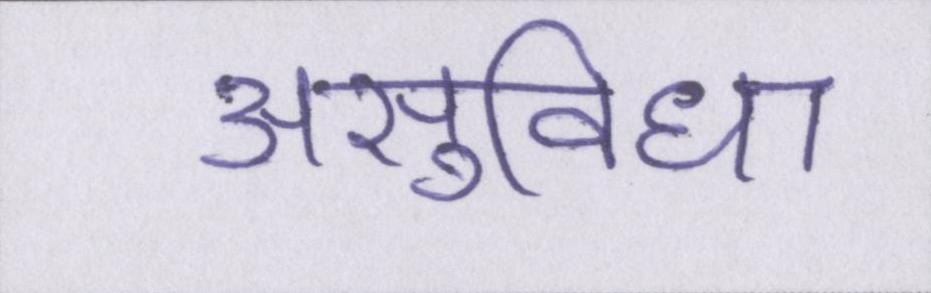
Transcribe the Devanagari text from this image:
असुविधा